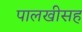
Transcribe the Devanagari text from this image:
पालखीसह